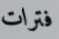
فترات